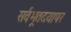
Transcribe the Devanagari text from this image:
सर्वभूतदयापर